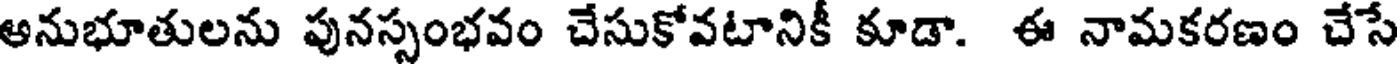
అనుభూతులను పునస్సంభవం చేసుకోవటానికీ కూడా. ఈ నామకరణం చేసే